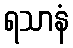
ရသာနံ